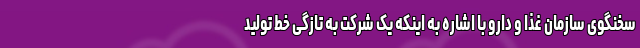
سخنگوی سازمان غذا و دارو با اشاره به اینکه یک شرکت به تازگی خط تولید